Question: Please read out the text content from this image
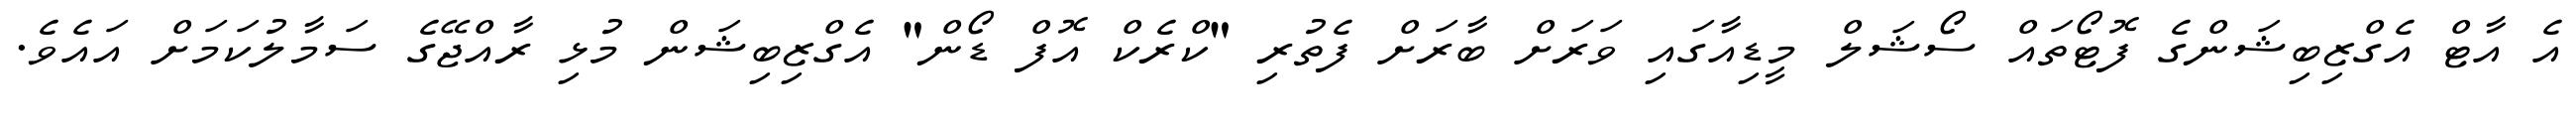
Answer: އެ އާޓް އެގްޒިބިޝަންގެ ފޮޓޯތައް ސޯޝަލް މީޑިއާގައި ވަރަށް ބާރަށް ފެތުރި "ކްރެކް އޮފް ޑޯން" އެގްޒިބިޝަން މުޅި ރާއްޖޭގެ ސަމާލުކަމަށް އައެވެ.